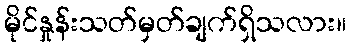
မိုင်နှုန်းသတ်မှတ်ချက်ရှိသလား။